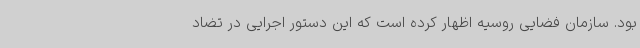
بود. سازمان فضایی روسیه اظهار کرده است که این دستور اجرایی در تضاد